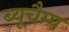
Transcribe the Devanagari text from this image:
ब्यूचैम्प